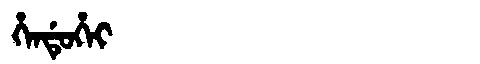
Manchu: ᡥᡝᠨᡩᡠᡥᡝᡳ
Romanization: HENDUHEI